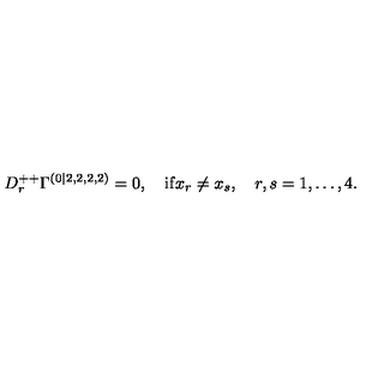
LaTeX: D _ { r } ^ { + + } \Gamma ^ { ( 0 | 2 , 2 , 2 , 2 ) } = 0 , \quad \mathrm { i f } x _ { r } \neq x _ { s } , \quad r , s = 1 , \ldots , 4 .